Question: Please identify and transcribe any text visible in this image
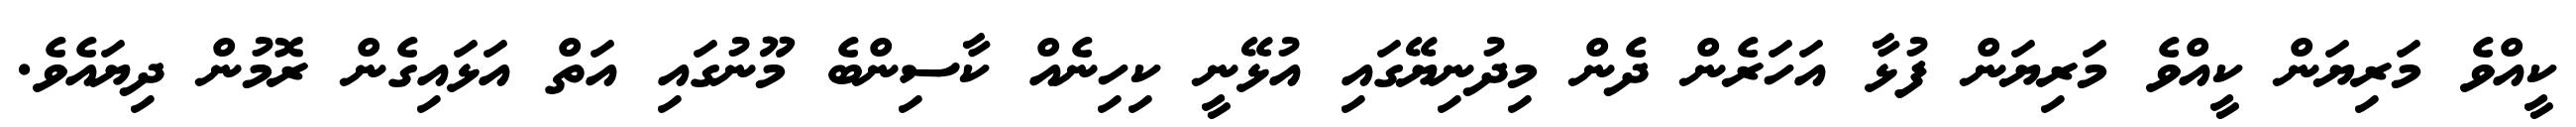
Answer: ކީއްވެ މަރިޔަން ކީއްވެ މަރިޔަން ފުޅާ އަހަރެން ދެން މިދުނިޔޭގައި އުޅޭނީ ކިހިނެއް ކާސިންބެ މޫނުގައި އަތް އަޅައިގެން ރޮމުން ދިޔައެވެ.